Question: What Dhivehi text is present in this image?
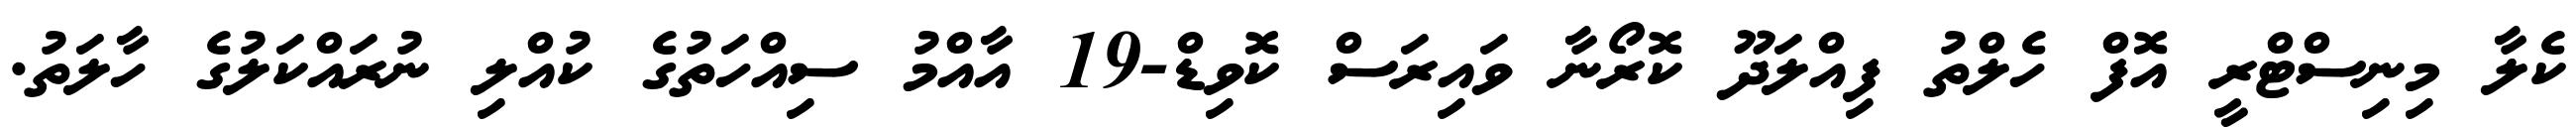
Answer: ކެލާ މިނިސްޓްރީ އޮފް ހެލްތު ފިއްލަދޫ ކޮރޯނާ ވައިރަސް ކޮވިޑް-19 އާއްމު ސިއްހަތުގެ ކުއްލި ނުރައްކަލުގެ ހާލަތު.